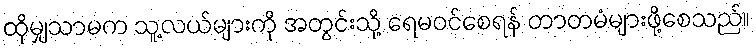
ထိုမျှသာမက သူ့လယ်များကို အတွင်းသို့ ရေမဝင်စေရန် တာတမံများဖို့စေသည်။